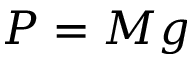
P = M g